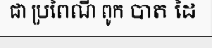
ជា ប្រពៃណី ពូក បាត ដៃ